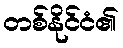
တစ်နိုင်ငံ၏